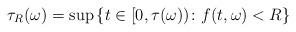
LaTeX: \begin{align*} \tau_R(\omega) = \sup \left\{ t \in [0,\tau(\omega)) \colon f(t,\omega) < R \right\}\end{align*}